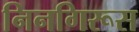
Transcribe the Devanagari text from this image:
निनगिरूस